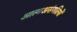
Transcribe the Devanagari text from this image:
आत्मअसंगतियों